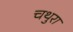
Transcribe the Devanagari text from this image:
चथुरा